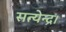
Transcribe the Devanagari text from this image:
सत्येन्द्र।